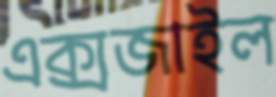
এক্সজাইল